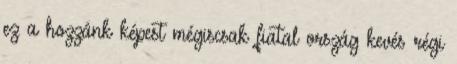
ez a hozzánk képest mégiscsak fiatal ország kevés régi